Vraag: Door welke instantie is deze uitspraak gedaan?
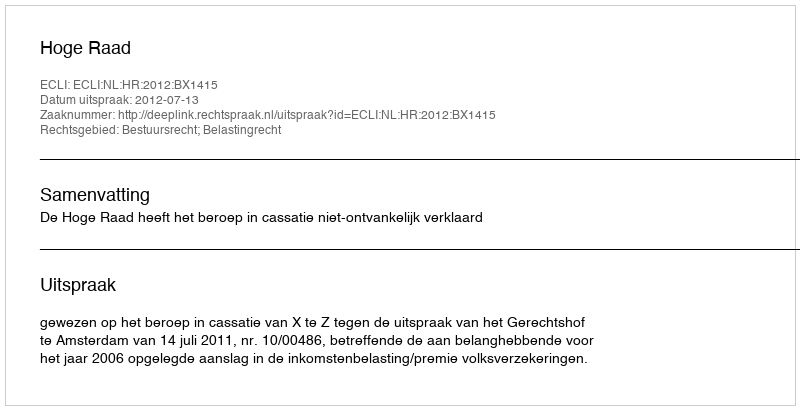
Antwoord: Hoge Raad